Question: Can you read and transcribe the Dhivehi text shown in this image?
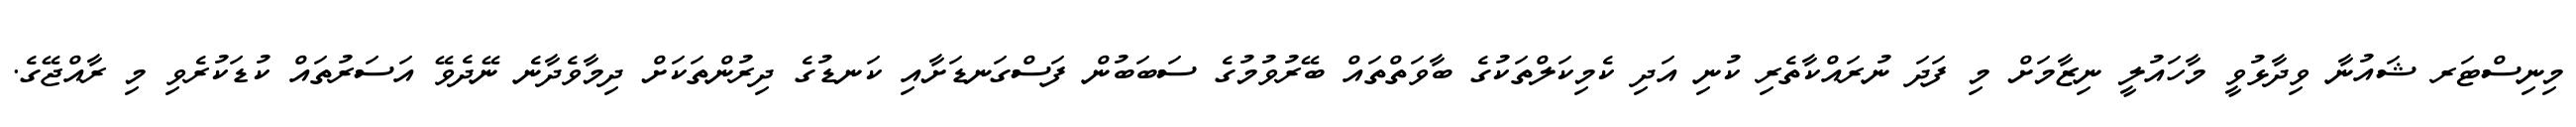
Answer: މިނިސްޓަރ ޝައުނާ ވިދާޅުވީ މާހައުލީ ނިޒާމަށް މި ފަދަ ނުރައްކާތެރި ކުނި އަދި ކެމިކަލްތަކުގެ ބާވަތްތައް ބޭރުވުމުގެ ސަބަބުން ފަސްގަނޑަށާއި ކަނޑުގެ ދިރުންތަކަށް ދިމާވެދާނެ ނޭދެވޭ އަސަރުތައް ކުޑަކުރެވި މި ރާއްޖޭގެ.